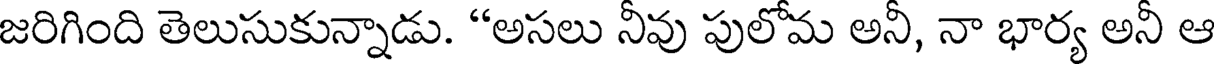
జరిగింది తెలుసుకున్నాడు. "అసలు నీవు పులోమ అనీ, నా భార్య అనీ ఆ